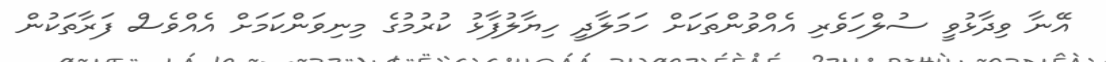
އޭނާ ވިދާޅުވީ ސުލްހަވެރި އެއްވުންތަކަށް ހަމަލާދީ ހިޔާލުފާޅު ކުރުމުގެ މިނިވަންކަމަށް އެއްވެސް ފަރާތަކުން